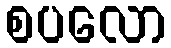
စပလော